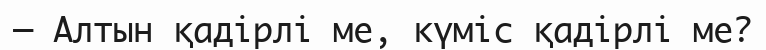
─ Алтын қадірлі ме, күміс қадірлі ме?